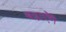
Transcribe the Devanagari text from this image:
बढ़ाऐेंगे